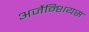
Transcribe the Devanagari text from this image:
अर्जेन्शियस